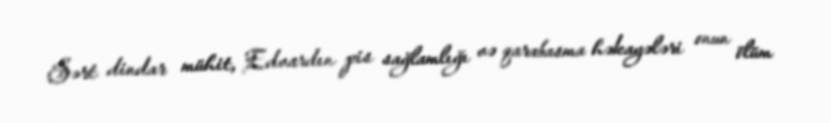
Sərt dindar mühit, Edvardın pis sağlamlığı və qarabasma həkayələri onun ölüm